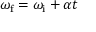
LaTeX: \omega _ { \mathrm { f } } = \omega _ { \mathrm { i } } + \alpha t